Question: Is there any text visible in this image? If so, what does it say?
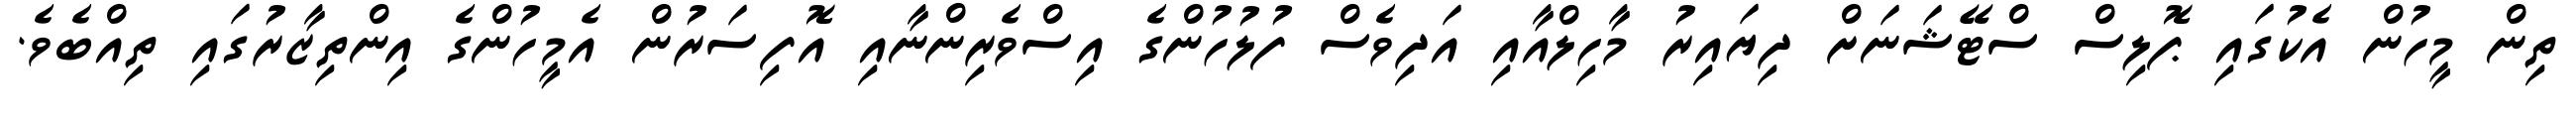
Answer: ތިން މީހުން އެކުގައި ޕޮލިސް ސްޓޭޝަނަށް ދިޔައިރު މާހިލްއާއި އަދިވެސް ފުލުހުންގެ އިސްވެރިންނާއި އޮފިސަރުން އެމީހުންގެ އިންތިޒާރުގައި ތިއްބެވެ.